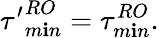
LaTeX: {\tau^{\prime}}_{m\mathbf{i}n}^{RO}=\tau_{m\mathbf{i}n}^{RO}.